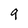
Character: 9